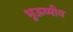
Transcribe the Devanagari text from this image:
भूऊष्मीय